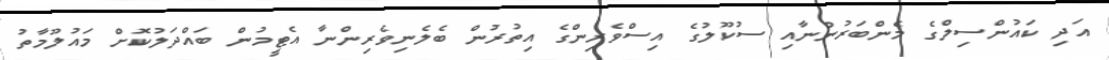
އަދި ކައުންސިލްގެ މެންބަރުންނާއި ސުކޫލުގެ އިސްވެރިންގެ އިތުރުން ބެލެނިވެރިންނާ އެޓީމުން ބައްދަލުކޮށް މައުލޫމާތު